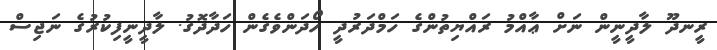
ރީނދޫ ލާދީނީން ނަށް ޢާއްމު ރައްޔިތުންގެ ހަމްދަރުދީ ހޯދަންވެގެން ހަދާދޮގު. ލާދީނީފިކުރުގެ ނަޖިސް